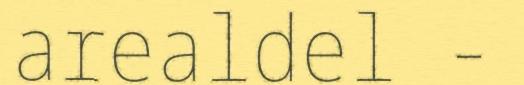
arealdel -